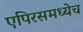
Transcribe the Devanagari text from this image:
एपिरसमध्येच